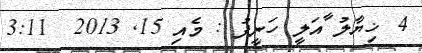
4 ޚިޔާލު ާއަލީ ހަނީފު : މެއި 15